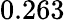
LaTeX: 0.263